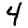
Digit: 4